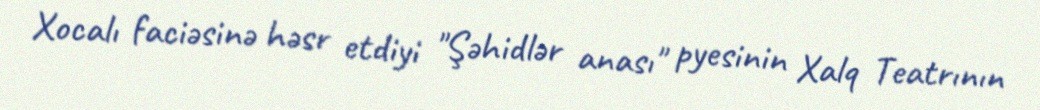
Xocalı faciəsinə həsr etdiyi "Şəhidlər anası" pyesinin Xalq Teatrının